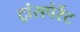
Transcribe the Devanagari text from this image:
ट्रांसपेरेंट